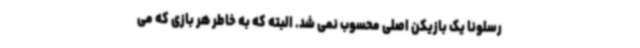
رسلونا یک بازیکن اصلی محسوب نمی شد. البته که به خاطر هر بازی که می